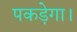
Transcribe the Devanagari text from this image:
पकड़ेगा।